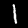
Label: 1